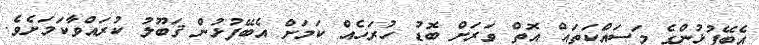
އެބޭފުޅުންގެ މަސައްކަތައް އޮތް ވަރަށް ބޮޑު ހުރަހެއް ކަމަށް އެބޭފުޅުން ޤަބޫލު ކުރައްވާކަމަށެވެ.